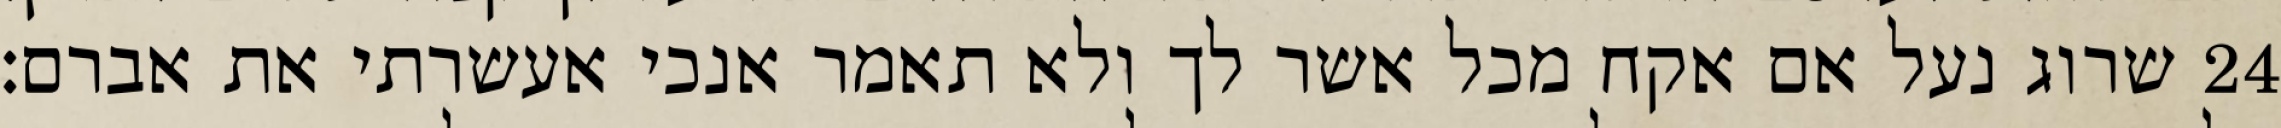
שרוג נעל אם אקח מכל אשר לך ולא תאמר אנכי אעשרתי את אברם׃ ‎24‏